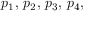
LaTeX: p _ { 1 } , \, p _ { 2 } , \, p _ { 3 } , \, p _ { 4 } ,